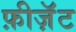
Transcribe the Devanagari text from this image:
फ़ीज़ॅंट